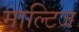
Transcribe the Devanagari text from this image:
माल्टिज